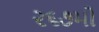
૨૬૭મો